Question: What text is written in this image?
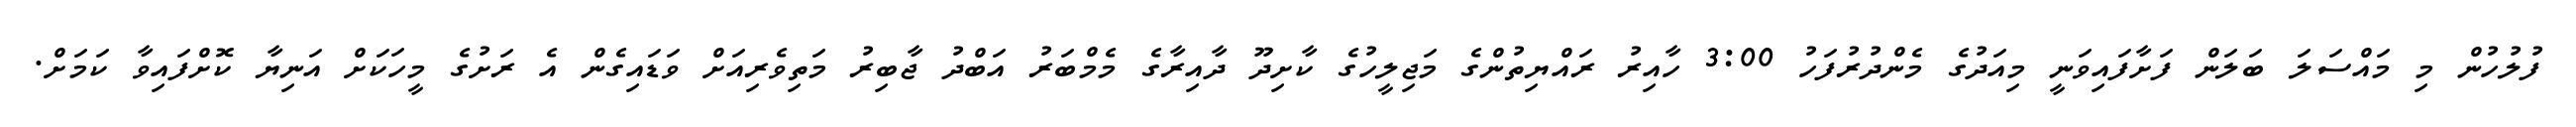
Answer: ފުލުހުން މި މައްސަލަ ބަލަން ފަށާފައިވަނީ މިއަދުގެ މެންދުރުފަހު 3:00 ހާއިރު ރައްޔިތުންގެ މަޖިލީހުގެ ކާށިދޫ ދާއިރާގެ މެމްބަރު އަބްދު ޖާބިރު މަތިވެރިއަށް ވަޑައިގެން އެ ރަށުގެ މީހަކަށް އަނިޔާ ކޮށްފައިވާ ކަމަށް.